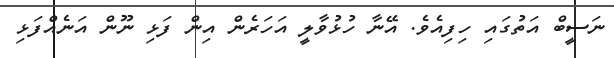
ނަސީބް އަތުގައި ހިފިއެވެ. އޭނާ ހުޅުވާލީ އަހަރެން އިން ފަޅި ނޫން އަނެއްފަޅި